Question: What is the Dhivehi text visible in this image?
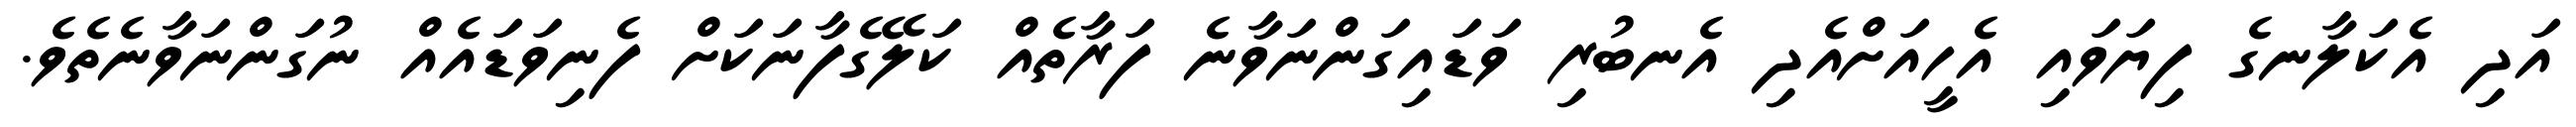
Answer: އަދި އެކަލާނގެ ފިޔަވައި އެހީއަށްއެދި އެނބުރި ވަޑައިގަންނަވާނެ ފަރާތެއް ކަލޭގެފާނަކަށް ފެނިވަޑައެއް ނުގަންނަވާނެތެވެ.